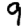
Digit: 9